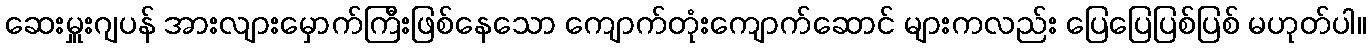
ဆေးမှူးဂျပန် အားလျားမှောက်ကြီးဖြစ်နေသော ကျောက်တုံးကျောက်ဆောင် များကလည်း ပြေပြေပြစ်ပြစ် မဟုတ်ပါ။